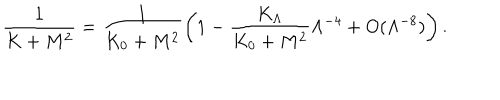
LaTeX: \frac { 1 } { K + M ^ { 2 } } = \frac { 1 } { K _ { 0 } + M ^ { 2 } } \left( 1 - \frac { K _ { \Lambda } } { K _ { 0 } + M ^ { 2 } } \Lambda ^ { - 4 } + O ( \Lambda ^ { - 8 } ) \right) .